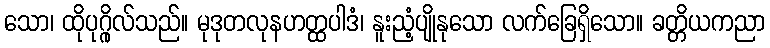
သော၊ ထိုပုဂ္ဂိုလ်သည်။ မုဒုတလုနဟတ္ထပါဒံ၊ နူးညံ့ပျိုနုသော လက်ခြေရှိသော။ ခတ္တိယကညာ